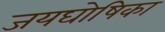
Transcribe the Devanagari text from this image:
जयघोषिका